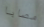
مصابا